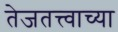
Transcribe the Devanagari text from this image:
तेजतत्त्वाच्या